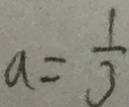
a = \frac { 1 } { 3 }